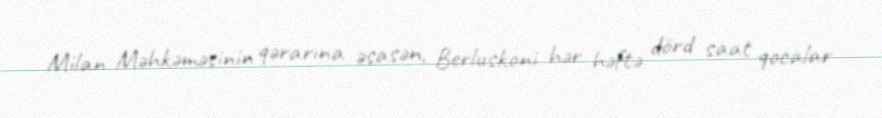
Milan Məhkəməsinin qərarına əsasən, Berluskoni hər həftə dörd saat qocalar